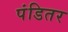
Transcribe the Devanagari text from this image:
पंडितर